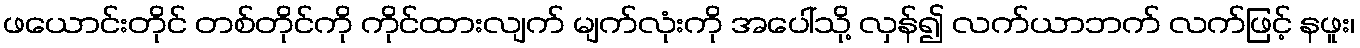
ဖယောင်းတိုင် တစ်တိုင်ကို ကိုင်ထားလျက် မျက်လုံးကို အပေါ်သို့ လှန်၍ လက်ယာဘက် လက်ဖြင့် နဖူး၊